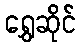
ရွှေဆိုင်